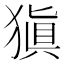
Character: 𤠶